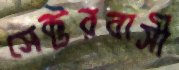
সেক্টরবাসী